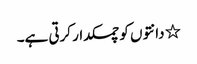
٭ دانتوں کو چمکدار کرتی ہے۔